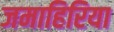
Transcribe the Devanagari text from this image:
जमाहिरिया